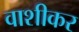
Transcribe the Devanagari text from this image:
वाशीकर